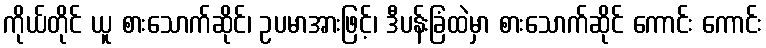
ကိုယ်တိုင် ယူ စားသောက်ဆိုင်၊ ဥပမာအားဖြင့်၊ ဒီပန်းခြံထဲမှာ စားသောက်ဆိုင် ကောင်း ကောင်း